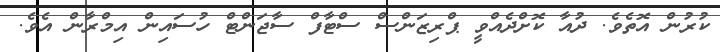
ކުރުން އޮތެވެ. ދުއާ ކޮށްދެއްވީ ޕްރިޒަންސް ސްޓާފް ސާޖަންޓް ހުސައިން އިމްރާން އެވެ.